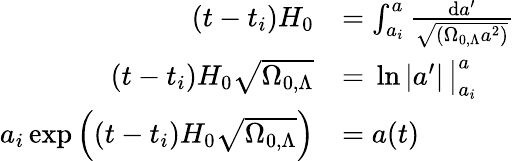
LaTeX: {\begin{array}{rl}{\left(t-t_{i}\right)H_{0}}&{=\int_{a_{i}}^{a}{\frac{\mathrm{d}a^{\prime}}{\sqrt{(\Omega_{0,\Lambda}a^{2})}}}}\\ {\left(t-t_{i}\right)H_{0}{\sqrt{\Omega_{0,\Lambda}}}}&{={\bigl.}\ln|a^{\prime}|\, {\bigr|}_{a_{i}}^{a}}\\ {a_{i}\exp\left((t-t_{i})H_{0}{\sqrt{\Omega_{0,\Lambda}}}\right)}&{=a(t)}\end{array}}